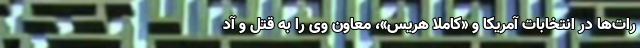
رات‌ها در انتخابات آمریکا و «کاملا هریس»، معاون وی را به قتل و آد